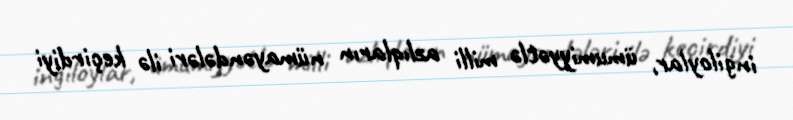
ingiloylar, ümumiyyətlə milli azlıqların nümayəndələri ilə keçirdiyi